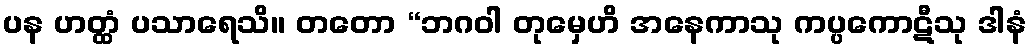
ပန ဟတ္ထံ ပသာရေသိ။ တတော “ဘဂဝါ တုမှေဟိ အနေကာသု ကပ္ပကောဋီသု ဒါနံ